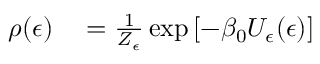
\begin{array} { r l } { \rho ( \epsilon ) } & { { } = \frac { 1 } { Z _ { \epsilon } } \exp \left[ - \beta _ { 0 } U _ { \epsilon } ( \epsilon ) \right] } \end{array}